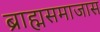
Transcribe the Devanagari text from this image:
ब्राह्मसमाजास